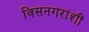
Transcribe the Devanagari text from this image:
विसनगरांशीं